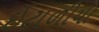
ઇટાળીયા